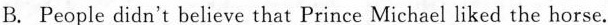
B. People didn't believe that Prince Michael liked the horse.